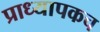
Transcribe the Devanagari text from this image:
प्राध्यापकच